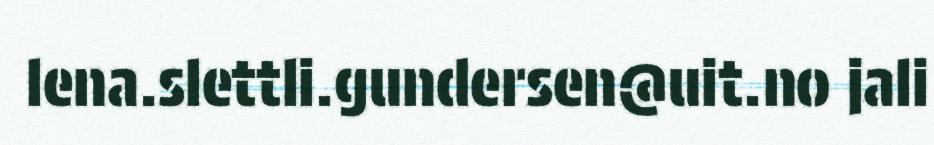
lena.slettli.gundersen@uit.no jali